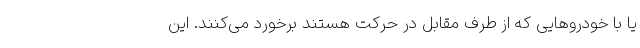
یا با خودروهایی که از طرف مقابل در حرکت هستند برخورد می‌کنند. این